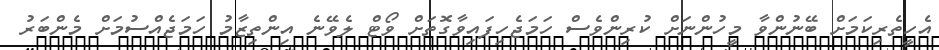
އެހީތެރިކަމަށް ބޭނުންވާ މީހުންނަށް ކުރިންވެސް ހަމަޖެހިފައިވާގޮތަށް ވޯޓް ލެވޭނެ އިންތިޒާމު ހަމަޖެއްސުމަށް މެންބަރު